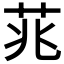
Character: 𮎮